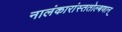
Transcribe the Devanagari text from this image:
नालंकारांस्ततोल्बणान्